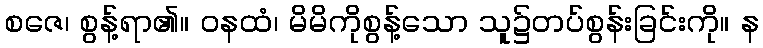
စဇေ၊ စွန့်ရာ၏။ ဝနထံ၊ မိမိကိုစွန့်သော သူ၌တပ်စွန်းခြင်းကို။ န